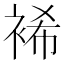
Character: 𮖆